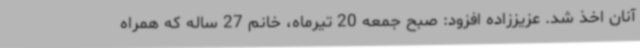
آنان اخذ شد. عزیززاده افزود: صبح جمعه 20 تیرماه، خانم 27 ساله که همراه